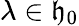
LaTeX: \lambda\in{\mathfrak{h}}_{0}